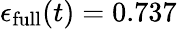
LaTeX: \epsilon_{\mathrm{full}}(t)=0.737